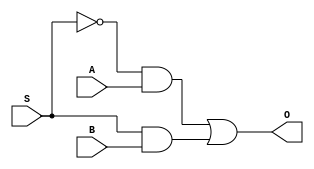
module mux2to1 (S, A,B,O);
	input S,A,B	;
	output O;
	wire S_not, and_1, and_2, or_2;
	not Snot(S_not,S);
	and and1(and_1, S_not, A);
	and and2(and_2, S,B);
	or or_out(O, and_1,and_2);
endmodule